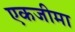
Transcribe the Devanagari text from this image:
एकजीमा